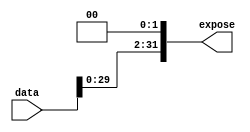
`timescale 1ns/1ns

module ShiftLeft (data, expose);

parameter dsize = 32;
parameter shcount = 2;

input [dsize-1:0] data;
output [dsize-1:0] expose;

assign expose = data << shcount;

endmodule